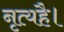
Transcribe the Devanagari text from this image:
नृत्यहै।